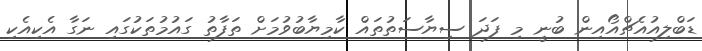
ޑަބްލިއުއެޗްއޯއިން ބުނީ މި ފަދަ ސިޔާސަތުތައް ކާމިޔާބުވުމަށް ތަފާތު ގައުމުތަކުގައި ނަގާ އެކިއެކި